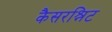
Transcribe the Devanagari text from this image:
कैसरश्निट